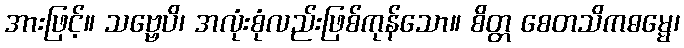
အားဖြင့်။ သဗ္ဗေပိ၊ အလုံးစုံလည်းဖြစ်ကုန်သော။ စိတ္တ စေတသိကဓမ္မေ၊